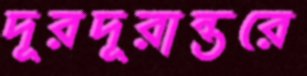
দূরদূরান্তরে